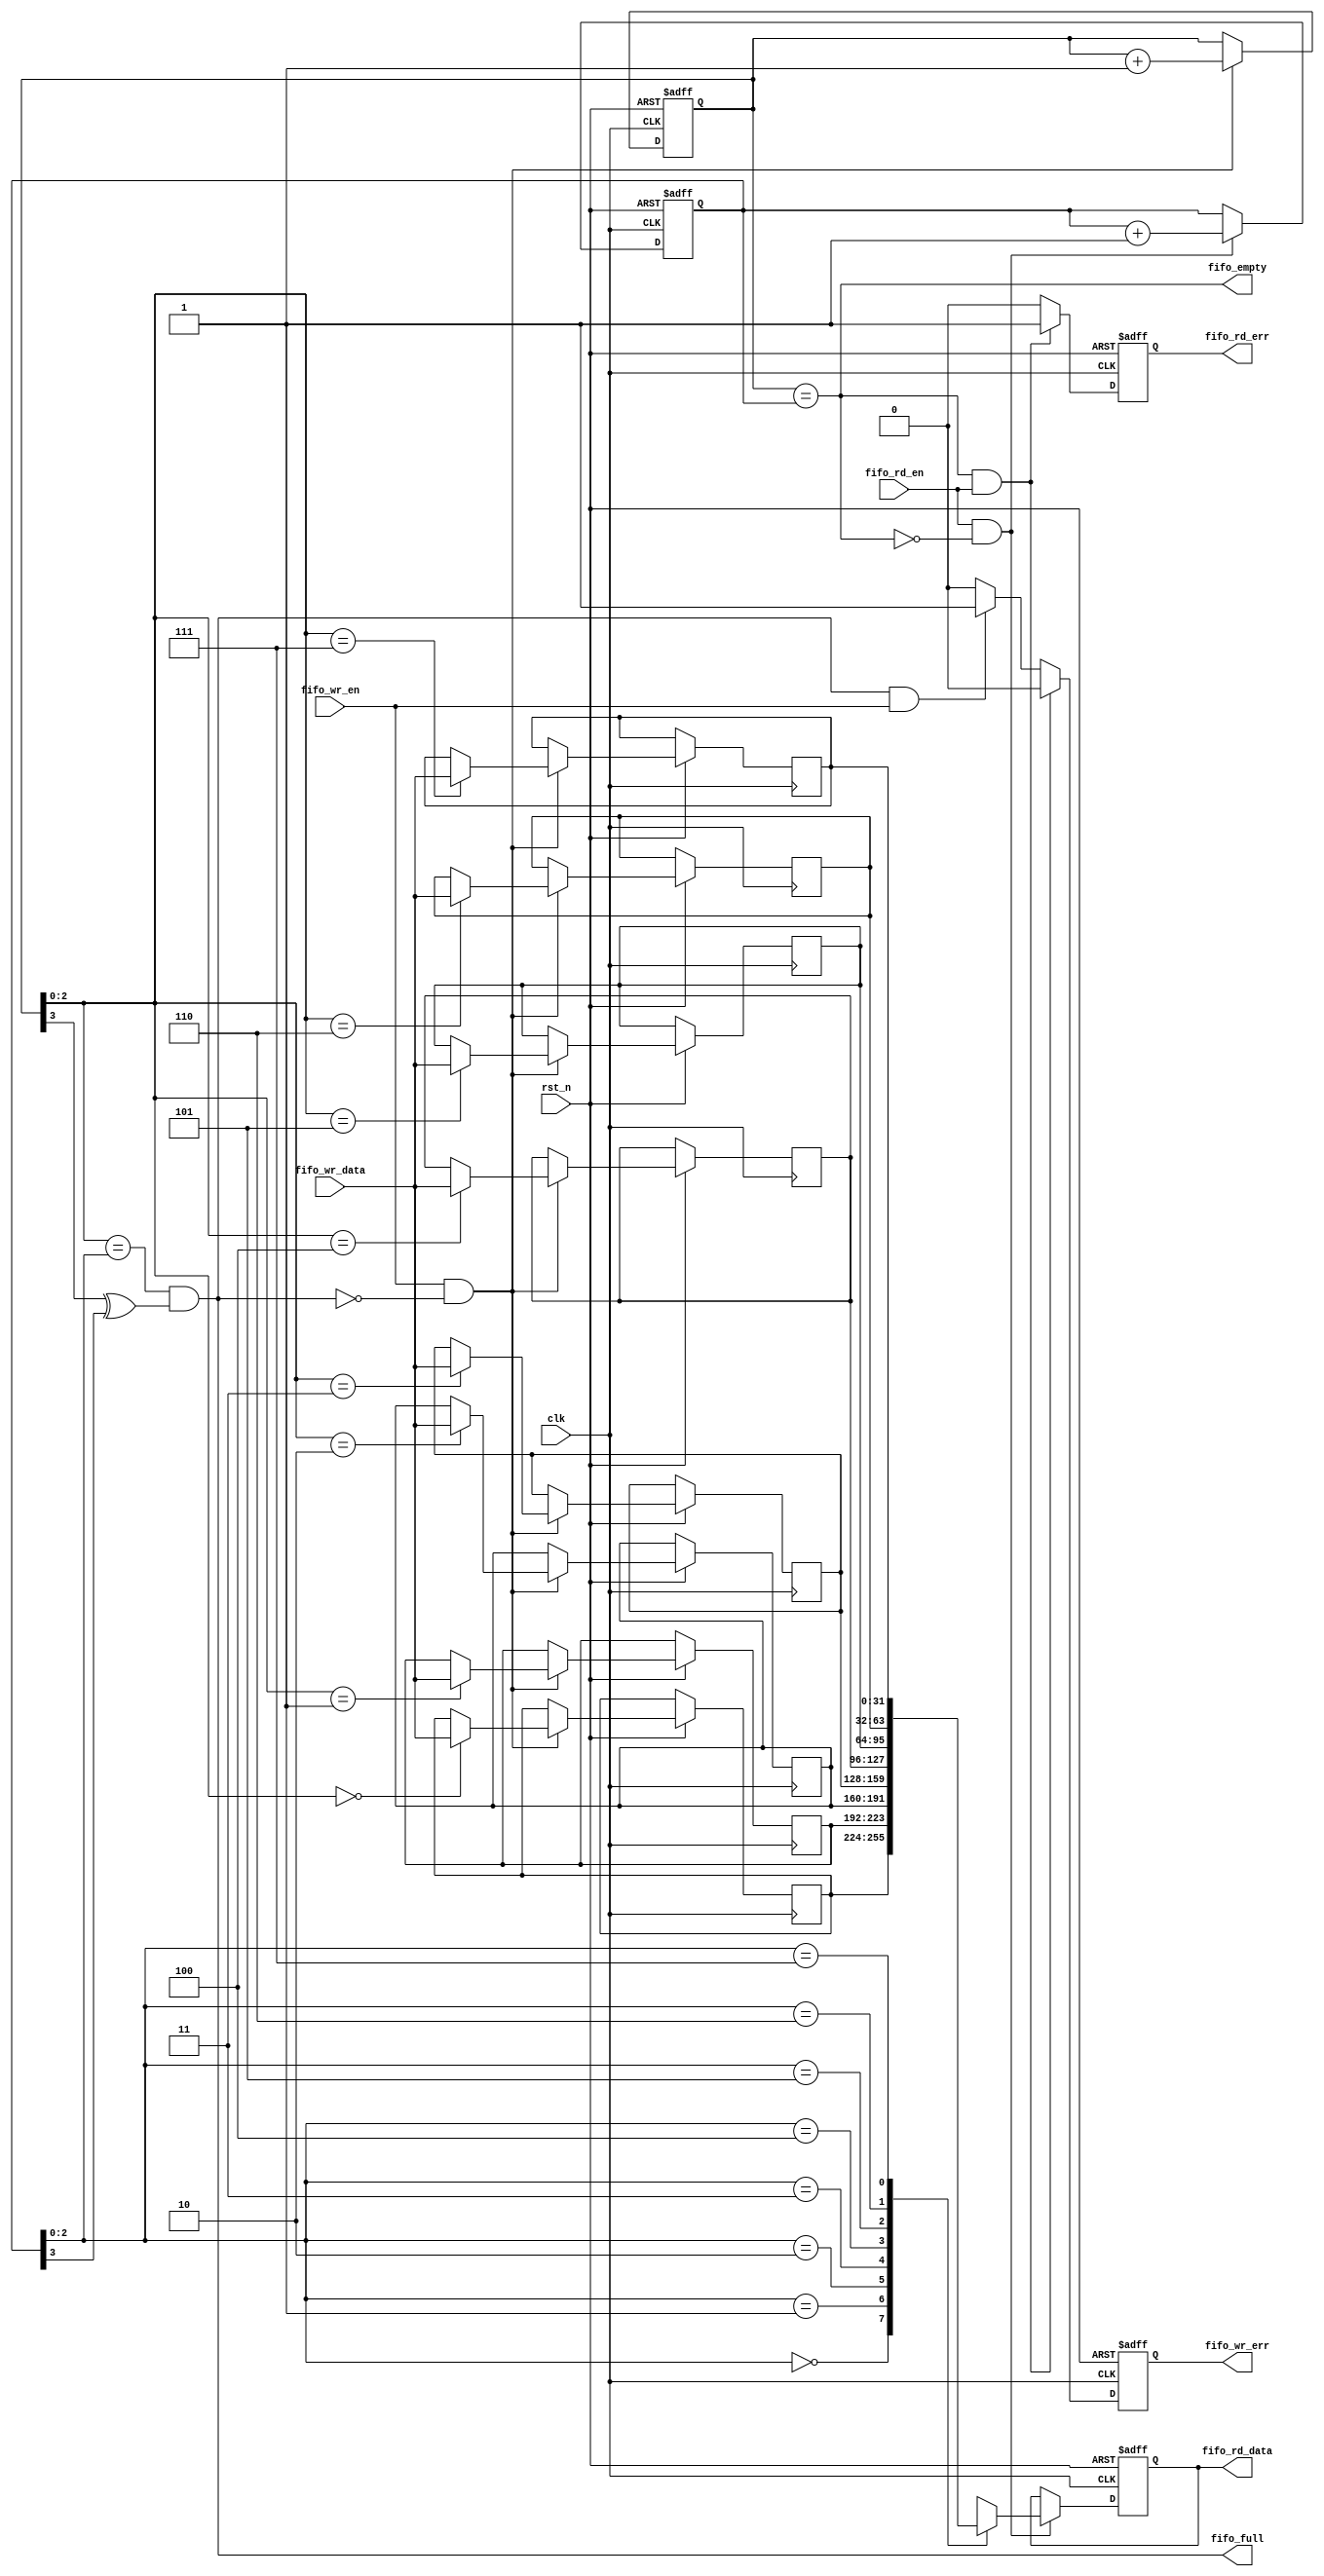
`timescale 1ns / 1ps
//////////////////////////////////////////////////////////////////////////////////
// Company: 
// Engineer: 
// 
// Design Name: 
// Module Name: sync_fifo
// Project Name: 
// Target Devices: 
// Tool Versions: 
// Description: 
// 
// Dependencies: 
// 
// Revision:
// Revision 0.01 - File Created
// Additional Comments:
// 
//////////////////////////////////////////////////////////////////////////////////

module sync_fifo(
	output reg [31:0] fifo_rd_data,
	output fifo_full,
	output fifo_empty,
	output reg fifo_rd_err,
	output reg fifo_wr_err,
	input [31:0] fifo_wr_data,
	input fifo_wr_en,
	input fifo_rd_en,
	input clk,rst_n
    );
	reg [31:0] fifo_mem[7:0];
	reg [3:0] fifo_wr_addr,fifo_rd_addr;
	always @(posedge clk or negedge rst_n)
	if (~rst_n)begin
	end
	else begin
		if (fifo_wr_en && ~fifo_full)
			fifo_mem[fifo_wr_addr[2:0]]<=fifo_wr_data;
	end
	
	always @(posedge clk or negedge rst_n)
	if (~rst_n)
		fifo_rd_data<=32'd0;
	else
		if (fifo_rd_en && ~fifo_empty)
			fifo_rd_data<=fifo_mem[fifo_rd_addr[2:0]];
		else 
			fifo_rd_data<=fifo_rd_data;
	
	always @(posedge clk or negedge rst_n)
	if (~rst_n)
		fifo_wr_addr<=4'd0;
	else
		if (fifo_wr_en && ~fifo_full)
			fifo_wr_addr<=fifo_wr_addr+1;
		else
			fifo_wr_addr<=fifo_wr_addr;
	
	always @(posedge clk or negedge rst_n)
	if (~rst_n)
		fifo_rd_addr<=4'd0;
	else
		if (fifo_rd_en && ~fifo_empty)
			fifo_rd_addr<=fifo_rd_addr+1;
		else
			fifo_rd_addr<=fifo_rd_addr;
	
	assign fifo_full = (fifo_wr_addr[2:0] == fifo_rd_addr[2:0])&(fifo_wr_addr[3]^fifo_rd_addr[3]);
	assign fifo_empty =(fifo_wr_addr == fifo_rd_addr);
	
	always @(posedge clk or negedge rst_n)
	if (~rst_n)begin	
		fifo_rd_err<=1'b0;
		fifo_wr_err<=1'b0;
	end else
	if (fifo_empty && fifo_rd_en)begin
		fifo_rd_err<=1'b1;
		fifo_wr_err<=1'b0;
	end else
	if (fifo_full && fifo_wr_en)begin
		fifo_wr_err<=1'b1;
		fifo_rd_err<=1'b0;
	end else begin
		fifo_wr_err<=1'b0;
		fifo_rd_err<=1'b0;
	end
	
endmodule